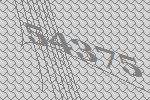
54375